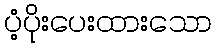
ပံ့ပိုးပေးထားသော